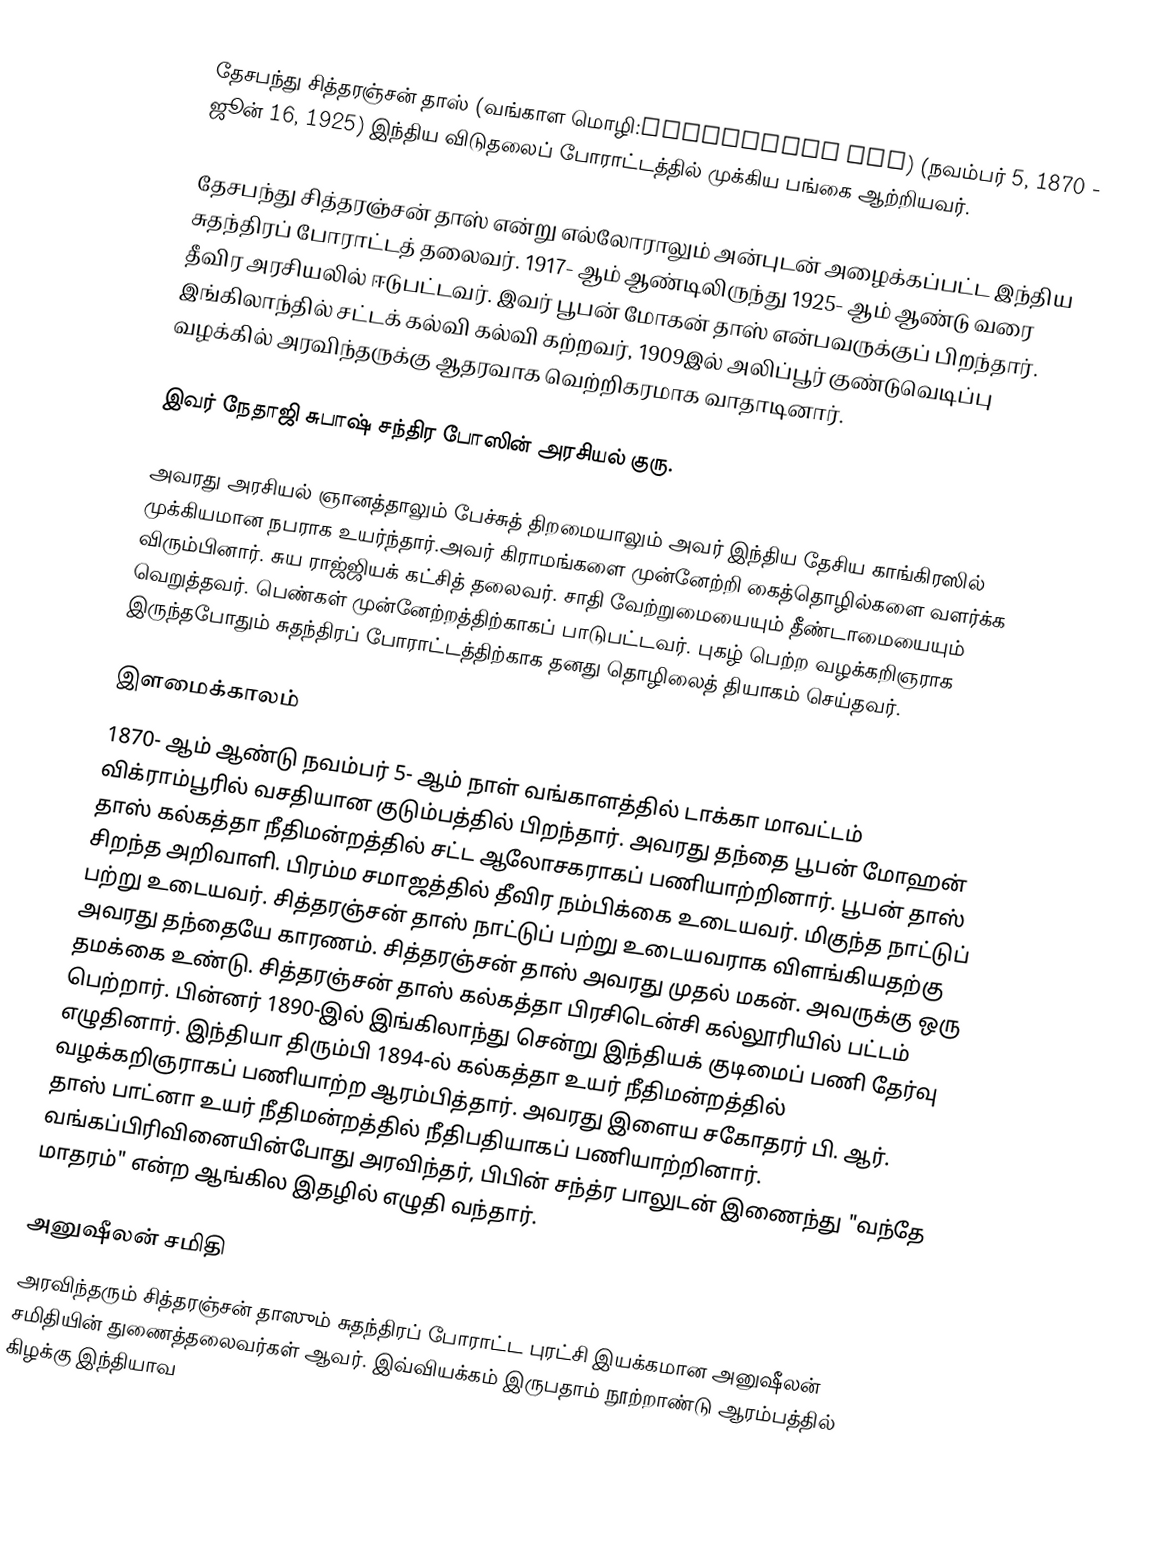
தேசபந்து சித்தரஞ்சன் தாஸ் (வங்காள மொழி:চিত্তরঞ্জন দাস) (நவம்பர் 5, 1870 - ஜூன் 16, 1925) இந்திய விடுதலைப் போராட்டத்தில் முக்கிய பங்கை ஆற்றியவர்.

தேசபந்து சித்தரஞ்சன் தாஸ் என்று எல்லோராலும் அன்புடன் அழைக்கப்பட்ட இந்திய சுதந்திரப் போராட்டத் தலைவர். 1917- ஆம் ஆண்டிலிருந்து 1925- ஆம் ஆண்டு வரை தீவிர அரசியலில் ஈடுபட்டவர். இவர் பூபன் மோகன் தாஸ் என்பவருக்குப் பிறந்தார். இங்கிலாந்தில் சட்டக் கல்வி கல்வி கற்றவர், 1909இல் அலிப்பூர் குண்டுவெடிப்பு வழக்கில் அரவிந்தருக்கு ஆதரவாக வெற்றிகரமாக வாதாடினார்.

இவர் நேதாஜி சுபாஷ் சந்திர போஸின் அரசியல் குரு.

அவரது அரசியல் ஞானத்தாலும் பேச்சுத் திறமையாலும் அவர் இந்திய தேசிய காங்கிரஸில் முக்கியமான நபராக உயர்ந்தார்.அவர் கிராமங்களை முன்னேற்றி கைத்தொழில்களை வளர்க்க விரும்பினார். சுய ராஜ்ஜியக் கட்சித் தலைவர். சாதி வேற்றுமையையும் தீண்டாமையையும் வெறுத்தவர். பெண்கள் முன்னேற்றத்திற்காகப் பாடுபட்டவர். புகழ் பெற்ற வழக்கறிஞராக இருந்தபோதும் சுதந்திரப் போராட்டத்திற்காக தனது தொழிலைத் தியாகம் செய்தவர்.

இளமைக்காலம்
1870- ஆம் ஆண்டு நவம்பர் 5- ஆம் நாள் வங்காளத்தில் டாக்கா மாவட்டம் விக்ராம்பூரில் வசதியான குடும்பத்தில் பிறந்தார். அவரது தந்தை பூபன் மோஹன் தாஸ் கல்கத்தா நீதிமன்றத்தில் சட்ட ஆலோசகராகப் பணியாற்றினார். பூபன் தாஸ் சிறந்த அறிவாளி. பிரம்ம சமாஜத்தில் தீவிர நம்பிக்கை உடையவர். மிகுந்த நாட்டுப் பற்று உடையவர். சித்தரஞ்சன் தாஸ் நாட்டுப் பற்று உடையவராக விளங்கியதற்கு அவரது தந்தையே காரணம். சித்தரஞ்சன் தாஸ் அவரது முதல் மகன். அவருக்கு ஒரு தமக்கை உண்டு. சித்தரஞ்சன் தாஸ் கல்கத்தா பிரசிடென்சி கல்லூரியில் பட்டம் பெற்றார். பின்னர் 1890-இல் இங்கிலாந்து சென்று இந்தியக் குடிமைப் பணி  தேர்வு எழுதினார். இந்தியா திரும்பி 1894-ல் கல்கத்தா உயர் நீதிமன்றத்தில் வழக்கறிஞராகப் பணியாற்ற ஆரம்பித்தார். அவரது இளைய சகோதரர் பி. ஆர். தாஸ் பாட்னா உயர் நீதிமன்றத்தில் நீதிபதியாகப் பணியாற்றினார். வங்கப்பிரிவினையின்போது அரவிந்தர், பிபின் சந்த்ர பாலுடன் இணைந்து "வந்தே மாதரம்" என்ற ஆங்கில இதழில் எழுதி வந்தார்.

அனுஷீலன் சமிதி
அரவிந்தரும் சித்தரஞ்சன் தாஸும் சுதந்திரப் போராட்ட புரட்சி இயக்கமான அனுஷீலன் சமிதியின் துணைத்தலைவர்கள் ஆவர். இவ்வியக்கம் இருபதாம் நூற்றாண்டு ஆரம்பத்தில் கிழக்கு இந்தியாவ